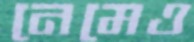
নেমেও